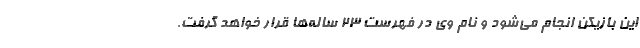
این بازیکن انجام می‌شود و نام وی در فهرست 23 ساله‌ها قرار خواهد گرفت.